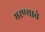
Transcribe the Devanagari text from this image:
मरण्याचे